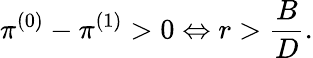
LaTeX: \pi^{(0)}-\pi^{(1)}>0\Leftrightarrow r>\frac{B}{D}.